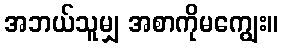
အဘယ်သူမျှ အစာကိုမကျွေး။